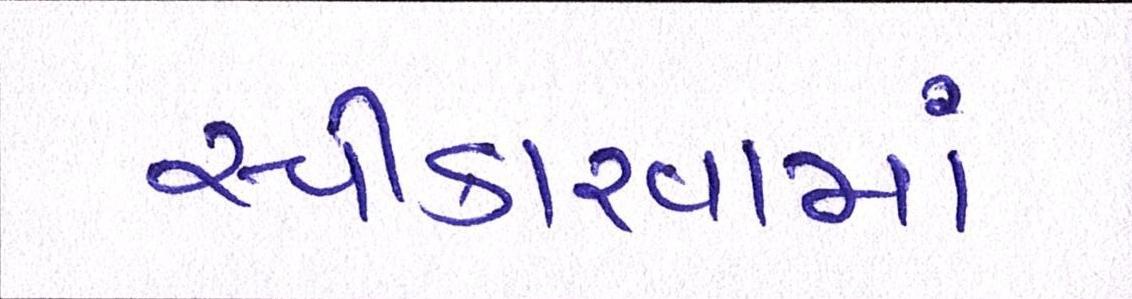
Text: સ્વીકારવામાં